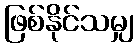
ဖြစ်နိုင်သမျှ